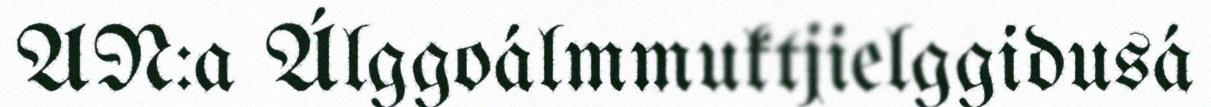
AN:a Álggoálmmuktjielggidusá